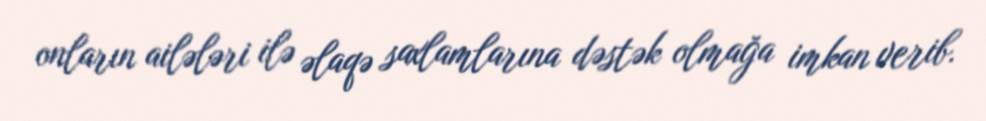
onların ailələri ilə əlaqə saxlamlarına dəstək olmağa imkan verib.